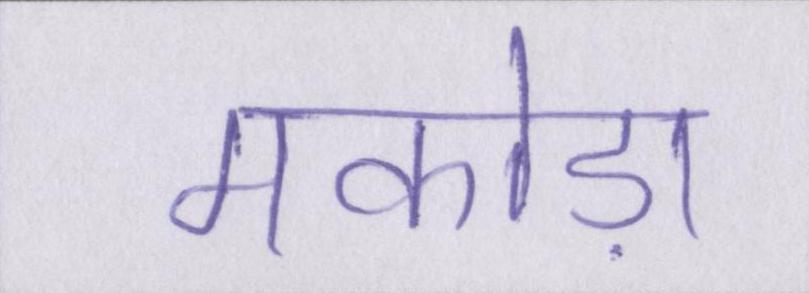
मकोड़ा